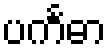
ပင်္ကဓာ